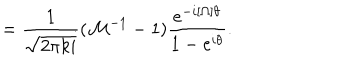
= \frac { 1 } { \sqrt { 2 \pi k i } } ( { \cal M } ^ { - 1 } - 1 ) \frac { e ^ { - i [ \Omega ] \theta } } { 1 - e ^ { i \theta } } .